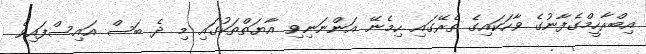
އިބްރާހީމްގެފާނުގެ ވާހަކައިގެ ތެރޭގައި ހިމެނޭ އަންނަނިވި އާޔަތްތަކުގައި މި ދެ ބަސް އައިސްފައިވެ